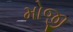
મોજી